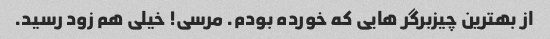
از بهترین چیزبرگر هایی که خورده بودم. مرسی! خیلی هم زود رسید.